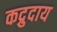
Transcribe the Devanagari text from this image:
कद्रुदाय